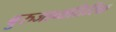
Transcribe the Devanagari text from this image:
बुरुजाव्यतिरिक्त